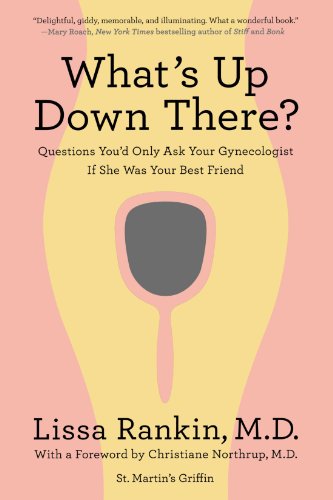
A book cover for What's Up Down There?: Questions You'd Only Ask Your Gynecologist If She Was Your Best Friend; Lissa Rankin; Health, Fitness & Dieting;